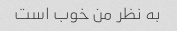
به نظر من خوب است